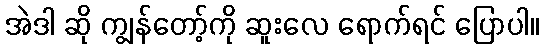
အဲဒါ ဆို ကျွန်တော့်ကို ဆူးလေ ရောက်ရင် ပြောပါ။